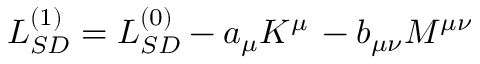
{ \cal L } _ { S D } ^ { ( 1 ) } = { \cal L } _ { S D } ^ { ( 0 ) } - a _ { \mu } K ^ { \mu } \, - b _ { \mu \nu } M ^ { \mu \nu }